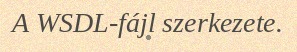
A WSDL-fájl szerkezete.